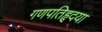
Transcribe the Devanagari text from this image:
गणपतिहृदया